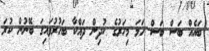
ބައެއް ބަސް ބަސް ހަމަ މިހަރުގެ ކުދިން ދައްކާ ބަހުރުވައިގަ ބޭނުން ކުރަ